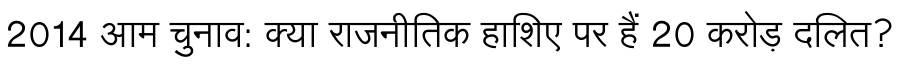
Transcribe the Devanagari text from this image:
2014 आम चुनाव: क्या राजनीतिक हाशिए पर हैं 20 करोड़ दलित?